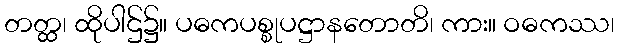
တတ္ထ၊ ထိုပါဌ်၌။ ပဓကပစ္စုပဋ္ဌာနတောတိ၊ ကား။ ဝဓကဿ၊